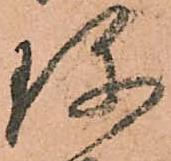
珎